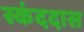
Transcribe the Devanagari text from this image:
स्कंददास